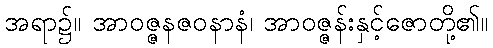
အရာ၌။ အာဝဇ္ဇနဇဝနာနံ၊ အာဝဇ္ဇန်းနှင့်ဇောတို့၏။